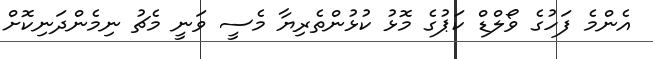
އެންމެ ފަހުގެ ވޯލްޑް ކަޕުގެ މޮޅު ކުޅުންތެރިޔާ މެސީ ވަނީ މެޗު ނިމެންދަނިކޮށް